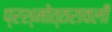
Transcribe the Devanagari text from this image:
प्रश्नोत्तरावली